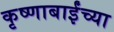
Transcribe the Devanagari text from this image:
कृष्णाबाईंच्या